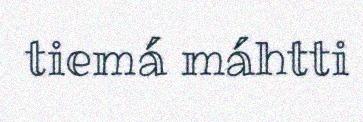
tiemá máhtti